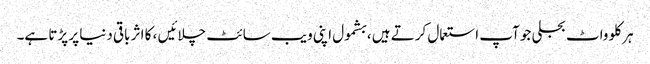
ہر کلو واٹ بجلی جو آپ استعمال کرتے ہیں ، بشمول اپنی ویب سائٹ چلائیں ، کا اثر باقی دنیا پر پڑتا ہے۔